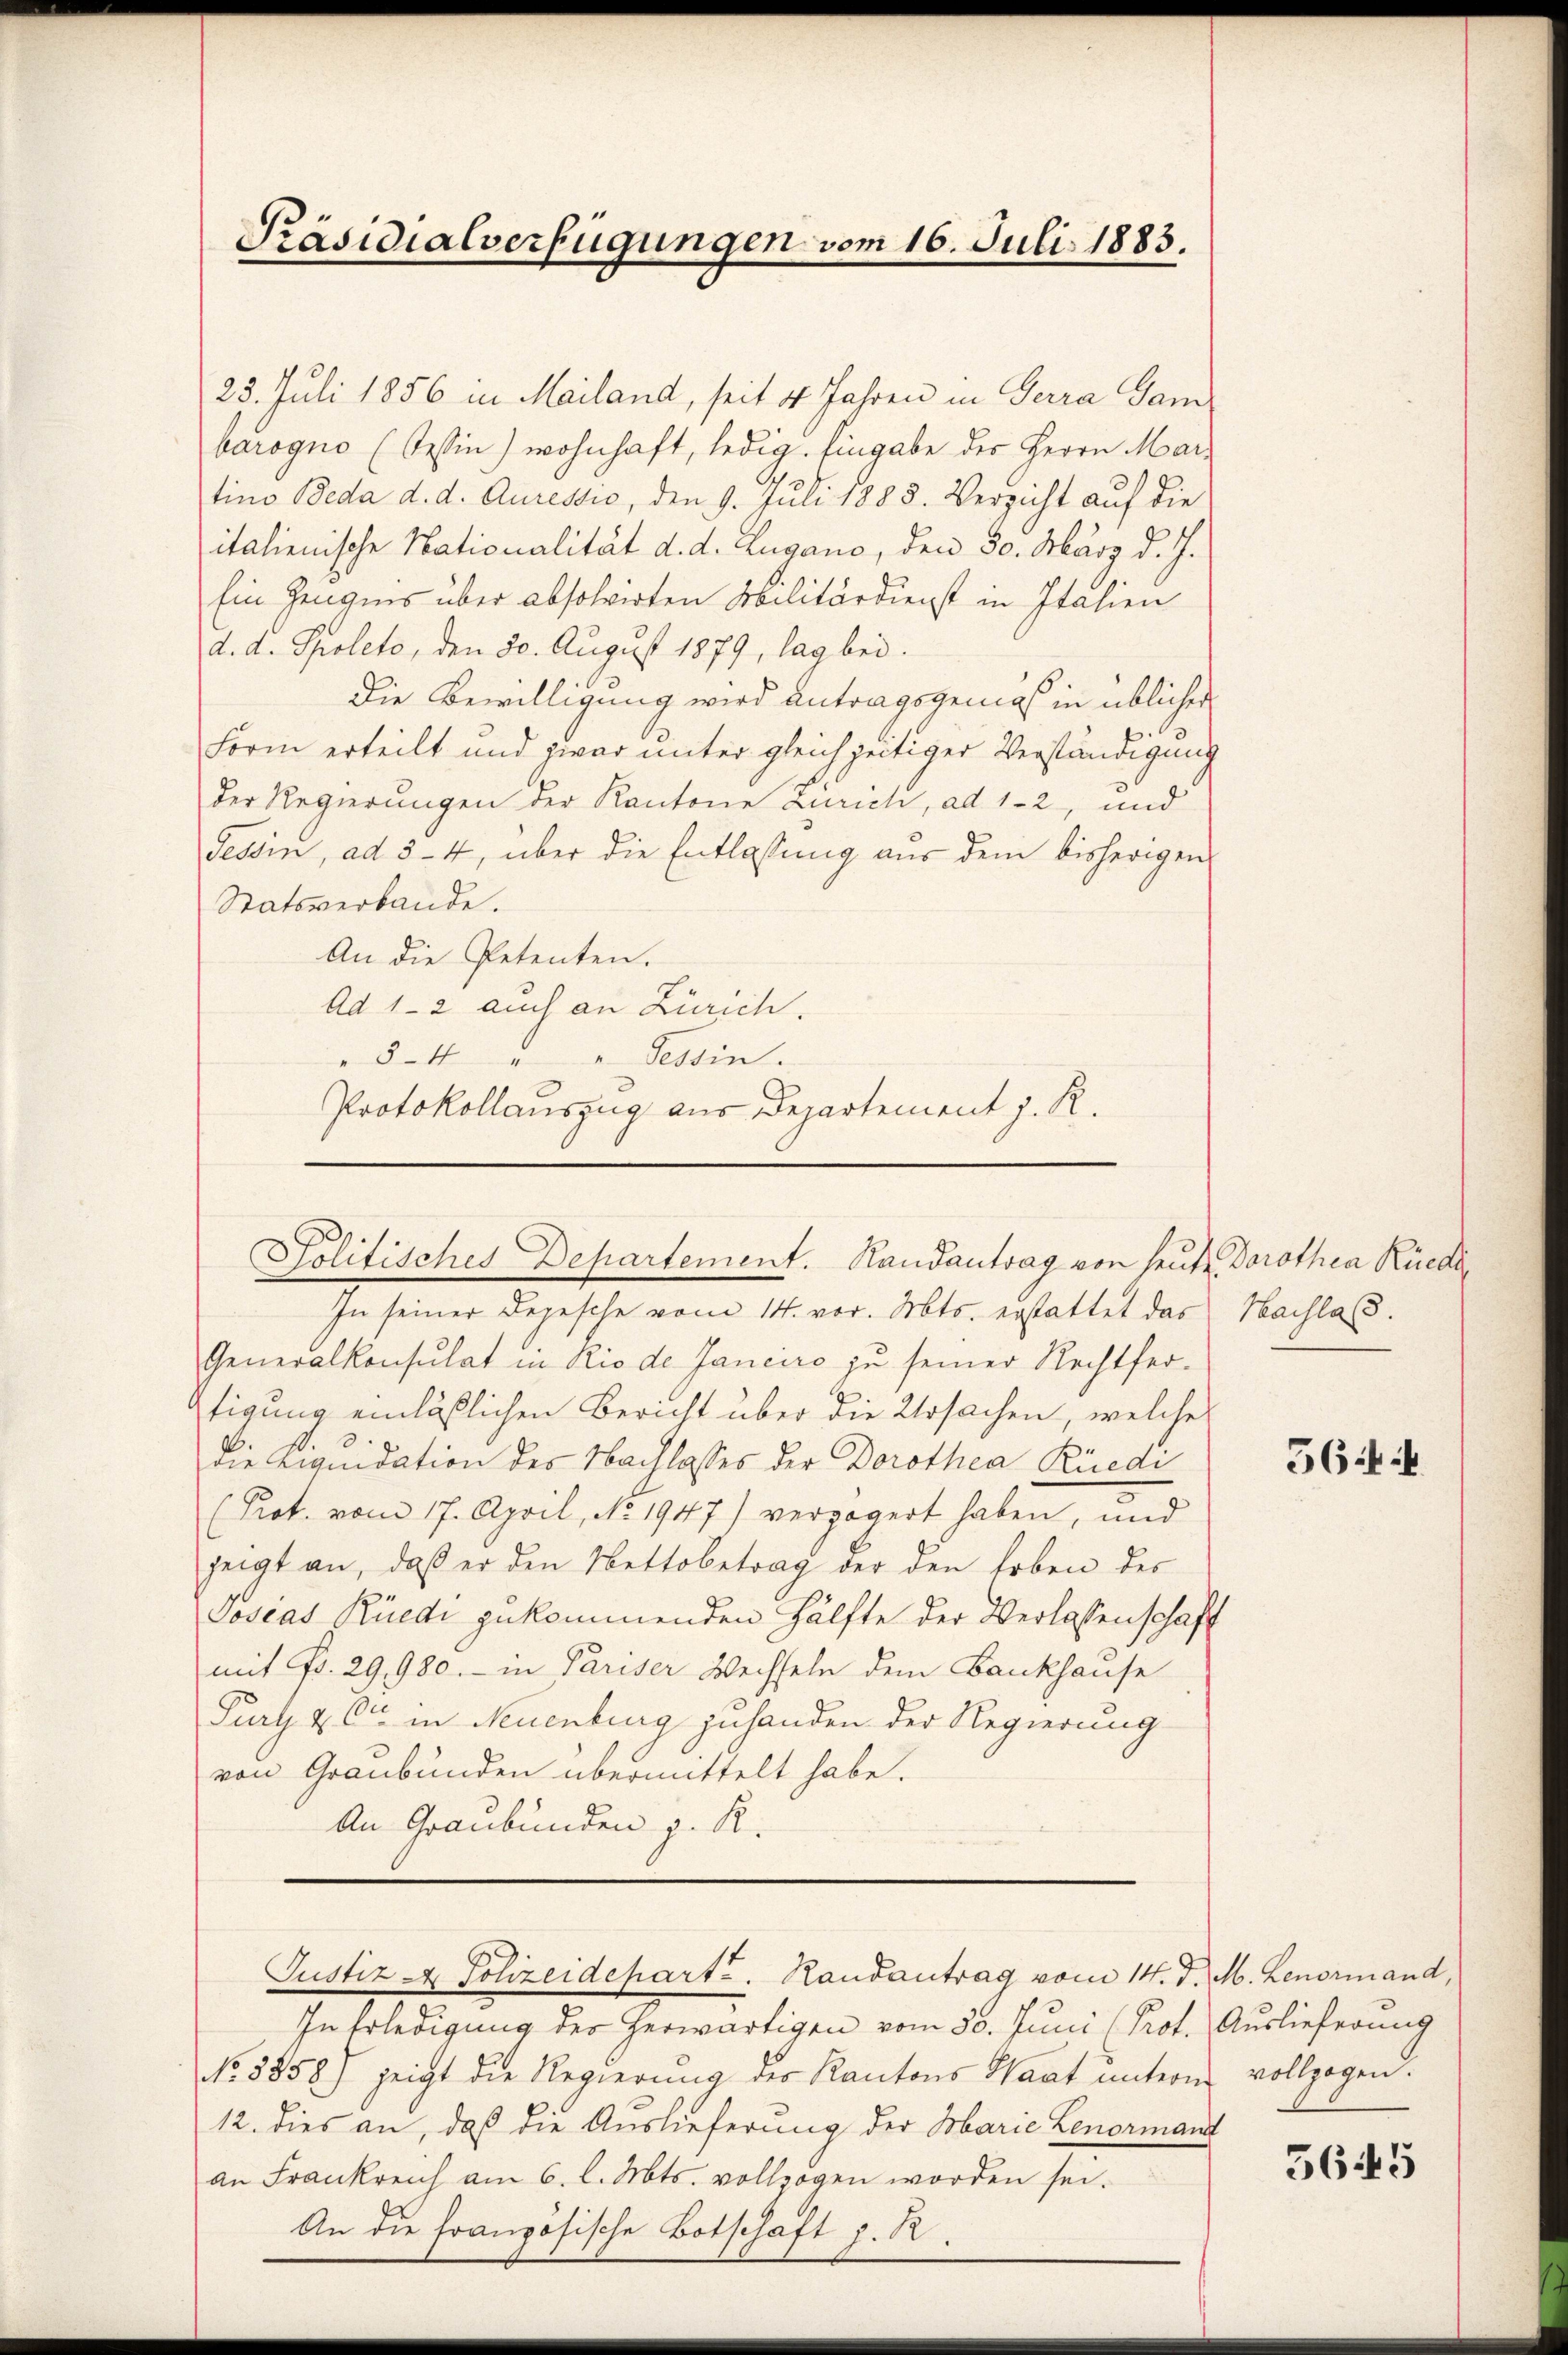
Präsidialverfügungen vom 16. Juli 1883.

23. Juli 1856 in Mailand, seit 4 Jahren in Terra Gam
barogno (Wein) wohnhaft, ledig. Eingabe des Herrn Mari
tino Beda d. d. Auressio, den 9. Juli 1888. Verzicht auf die
italienische Nationalität d. d. Zugano, den 50. März d. J.
Ein Zeugnis über absolvirten Militärdienst in Italien
d. d. Spoleto, den 30. August 1879, lag bei.
Die Bewilligung wird antragsgemäß in üblicher
Form erteilt und zwar unter gleichzeitiger Verständigung
der Regierungen der Kantone Zürich, ad 1-2 und
dessin, ad 3-4, über die Entlassung aus dem bisherigen
Statsverbande.
An die Petenten.
Ad 1-2 auch an Zürich.
5-4 " " Tessin.
Protokollauszug aus Departement J. R.
In seiner Depesche vom 14. vor. Mts. erstattet das Nachlaß.
Generalkonsulat in Rio de Janeiro zu seiner Rechtfertigung einläßlichen Bericht über die Ursachen, welche
die Liquidation des Nachlasses der Dorothea Rüedi¬
(Prot. vom 17. April, No. 1947) verzögert haben, und
zeigt an, daß er den Nettobetrag der den Erben des
Josias Rüedi zukommenden Hälfte der Verlassenschaft
mit Fr. 29,980.- in Pariser Wechseln dem Bankhause
Purt & Cie in Neuenburg zuhanden der Regierung
von Graubünden übermittelt habe.
An Graubünden z. R.
Justiz- & Polizeidepart. Randantrag vom 14. d. M. Lenormand,
In Erledigung der herwärtigen vom 30. Juni Prof. Auslieferung
No 5858) zeigt die Regierung der Kantons Saat unterm vollzogen:
12. dies an, daß die Auslieferung der Marie Lenormand
an Frankreich am 6. l. Mts. vollzogen worden sei.
An die französische Botschaft z. R.

Politisches Departement. Randantrag von heute Dorothea Rüedl¬

564

3645